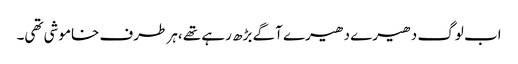
اب لوگ دھیرے دھیرے آگے بڑھ رہے تھے ،ہر طرف خاموشی تھی۔